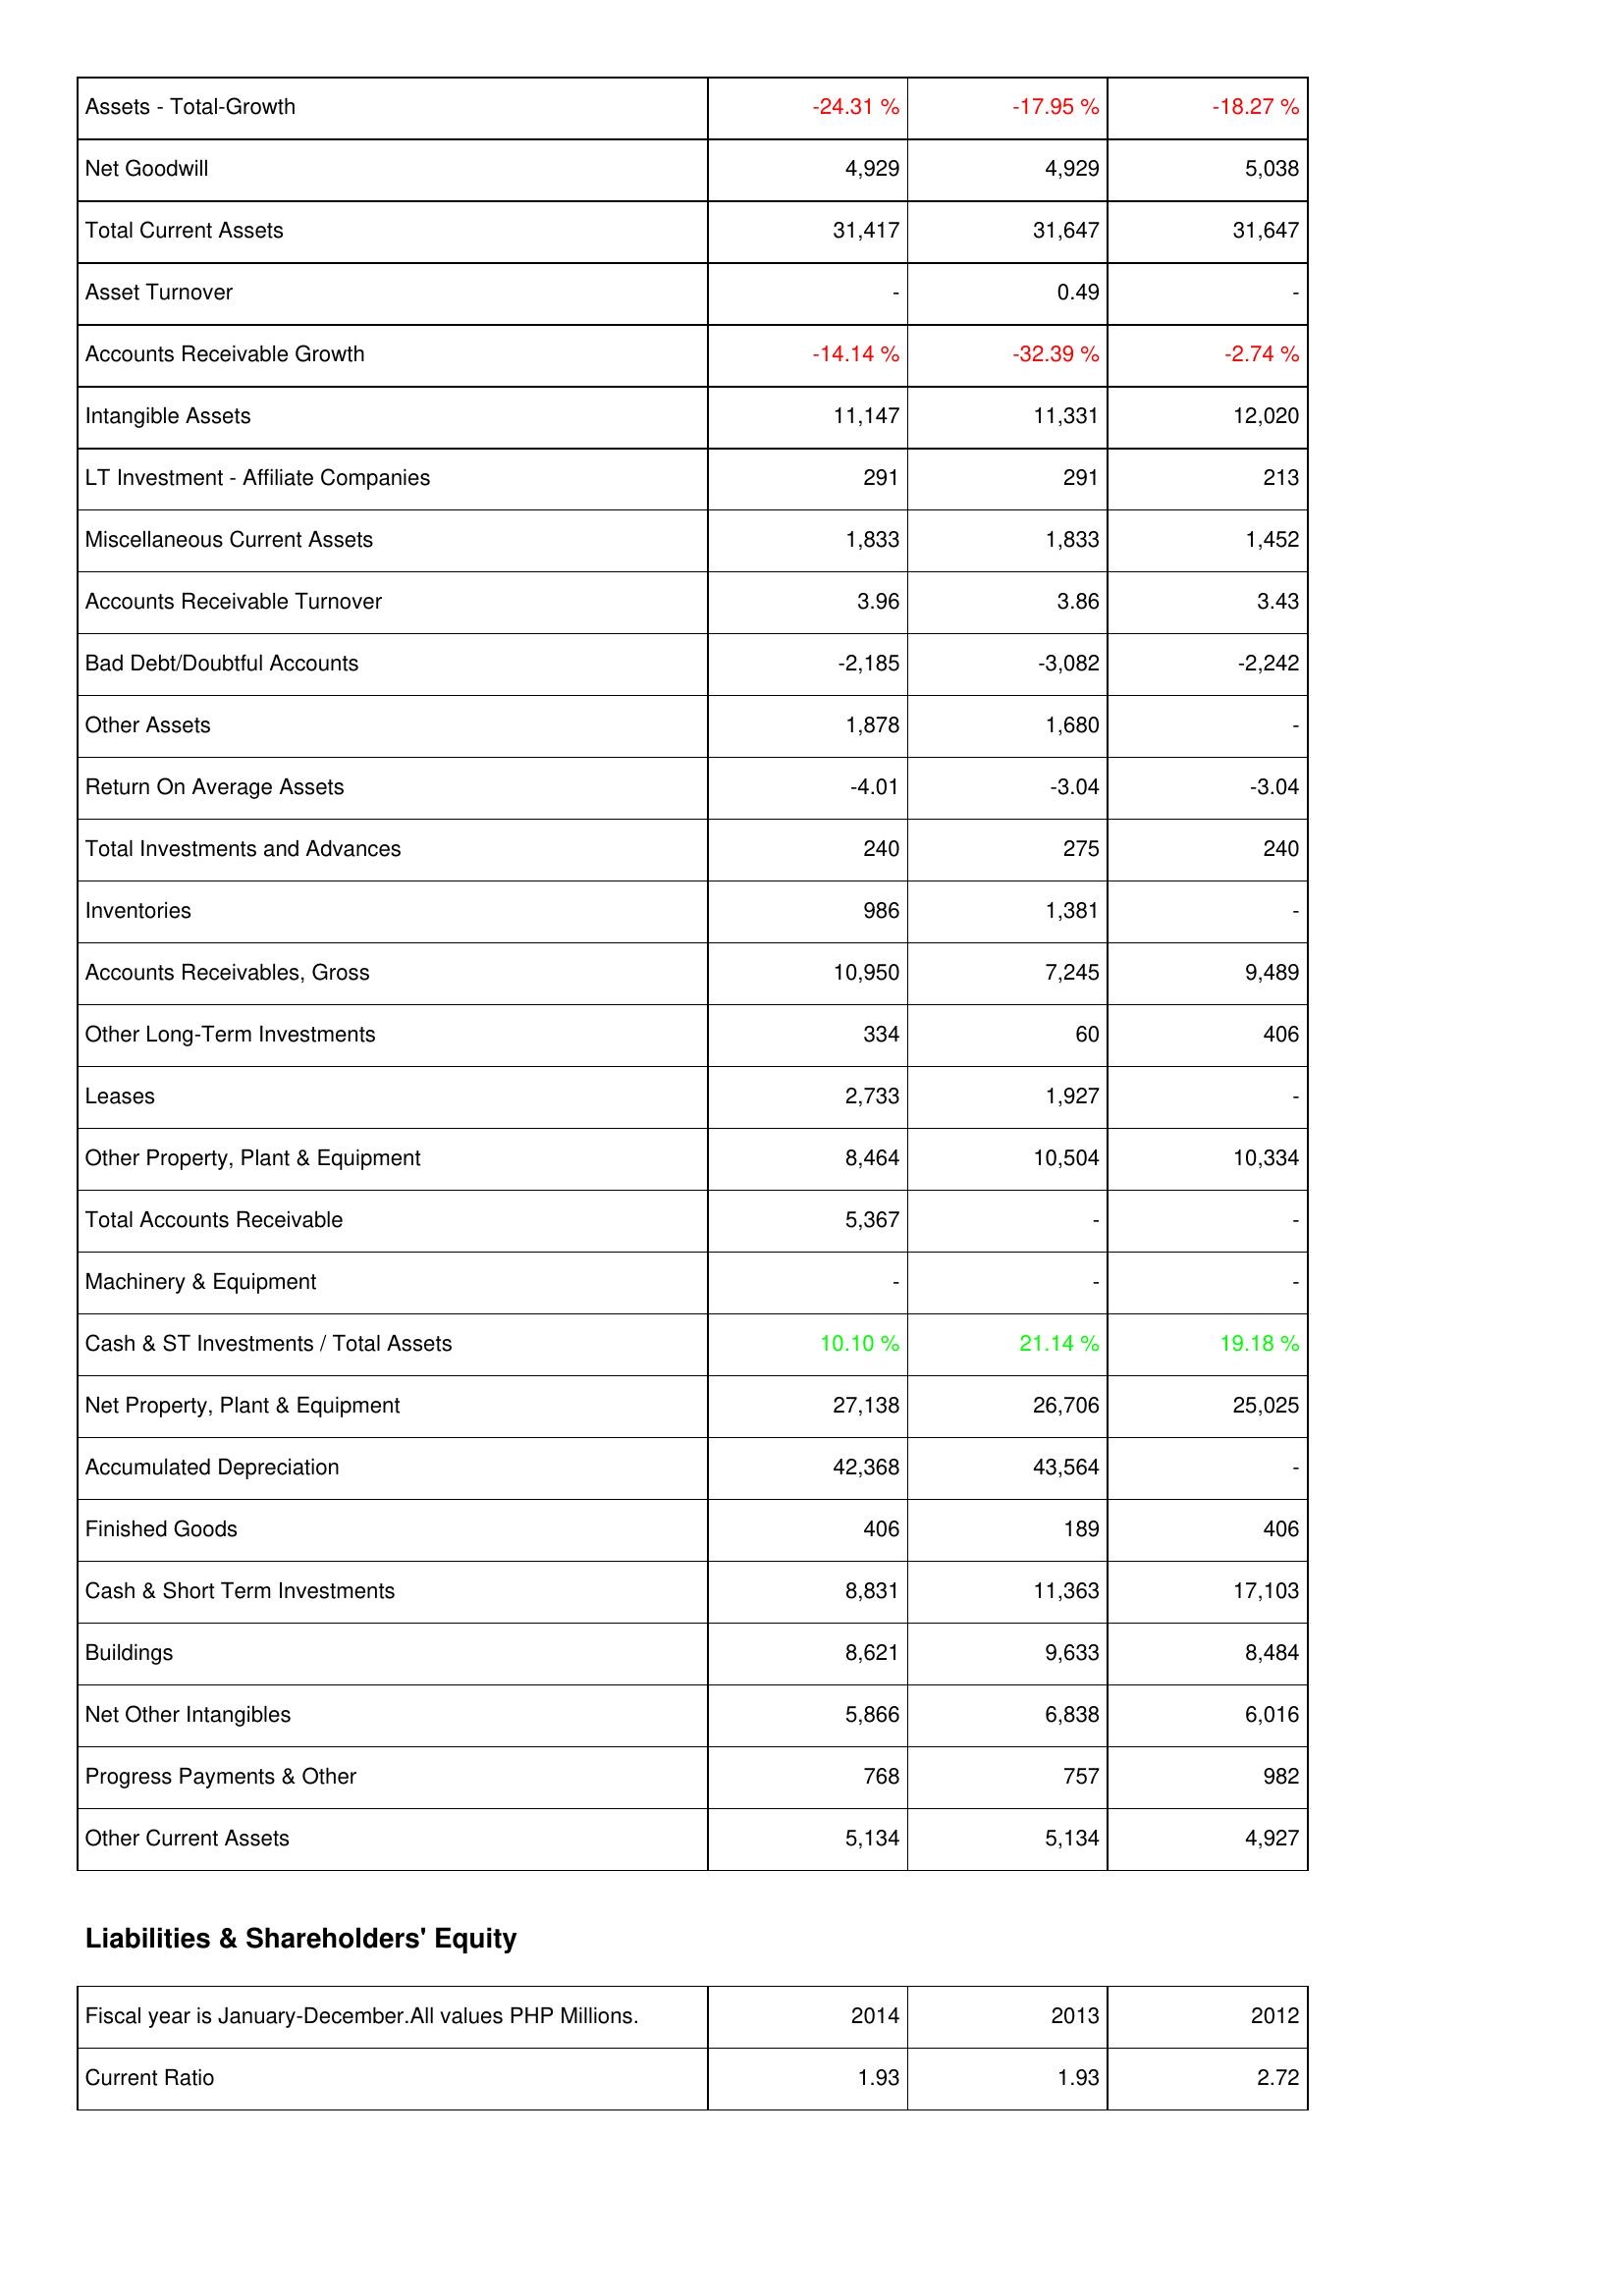
2014: Assets: Assets - Total-Growth: -24.31 %
Net Goodwill: 4,929
Total Current Assets: 31,417
Asset Turnover: -
Accounts Receivable Growth: -14.14 %
Intangible Assets: 11,147
LT Investment - Affiliate Companies: 291
Miscellaneous Current Assets: 1,833
Accounts Receivable Turnover: 3.96
Bad Debt/Doubtful Accounts: -2,185
Other Assets: 1,878
Return On Average Assets: -4.01
Total Investments and Advances: 240
Inventories: 986
Accounts Receivables, Gross: 10,950
Other Long-Term Investments: 334
Leases: 2,733
Other Property, Plant & Equipment: 8,464
Total Accounts Receivable: 5,367
Machinery & Equipment: -
Cash & ST Investments / Total Assets: 10.10 %
Net Property, Plant & Equipment: 27,138
Accumulated Depreciation: 42,368
Finished Goods: 406
Cash & Short Term Investments: 8,831
Buildings: 8,621
Net Other Intangibles: 5,866
Progress Payments & Other: 768
Other Current Assets: 5,134
Liabilities & Shareholders' Equity: Current Ratio: 1.93
2013: Assets: Assets - Total-Growth: -17.95 %
Net Goodwill: 4,929
Total Current Assets: 31,647
Asset Turnover: 0.49
Accounts Receivable Growth: -32.39 %
Intangible Assets: 11,331
LT Investment - Affiliate Companies: 291
Miscellaneous Current Assets: 1,833
Accounts Receivable Turnover: 3.86
Bad Debt/Doubtful Accounts: -3,082
Other Assets: 1,680
Return On Average Assets: -3.04
Total Investments and Advances: 275
Inventories: 1,381
Accounts Receivables, Gross: 7,245
Other Long-Term Investments: 60
Leases: 1,927
Other Property, Plant & Equipment: 10,504
Total Accounts Receivable: -
Machinery & Equipment: -
Cash & ST Investments / Total Assets: 21.14 %
Net Property, Plant & Equipment: 26,706
Accumulated Depreciation: 43,564
Finished Goods: 189
Cash & Short Term Investments: 11,363
Buildings: 9,633
Net Other Intangibles: 6,838
Progress Payments & Other: 757
Other Current Assets: 5,134
Liabilities & Shareholders' Equity: Current Ratio: 1.93
2012: Assets: Assets - Total-Growth: -18.27 %
Net Goodwill: 5,038
Total Current Assets: 31,647
Asset Turnover: -
Accounts Receivable Growth: -2.74 %
Intangible Assets: 12,020
LT Investment - Affiliate Companies: 213
Miscellaneous Current Assets: 1,452
Accounts Receivable Turnover: 3.43
Bad Debt/Doubtful Accounts: -2,242
Other Assets: -
Return On Average Assets: -3.04
Total Investments and Advances: 240
Inventories: -
Accounts Receivables, Gross: 9,489
Other Long-Term Investments: 406
Leases: -
Other Property, Plant & Equipment: 10,334
Total Accounts Receivable: -
Machinery & Equipment: -
Cash & ST Investments / Total Assets: 19.18 %
Net Property, Plant & Equipment: 25,025
Accumulated Depreciation: -
Finished Goods: 406
Cash & Short Term Investments: 17,103
Buildings: 8,484
Net Other Intangibles: 6,016
Progress Payments & Other: 982
Other Current Assets: 4,927
Liabilities & Shareholders' Equity: Current Ratio: 2.72